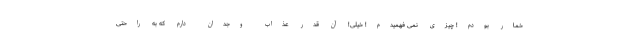
خمار بودم! چیزی نمی فهمیدم! خیلی! آن قدر عذاب وجدان دارم که به راحتی